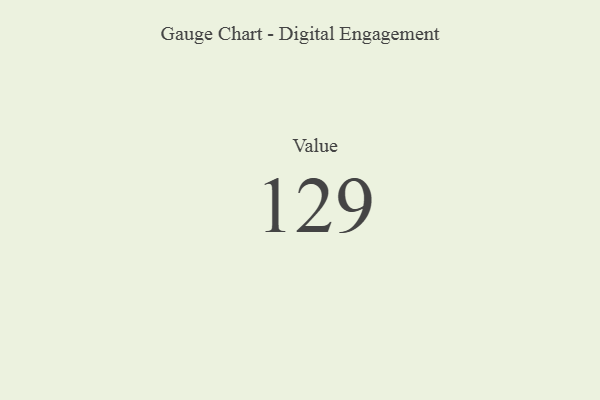
{"axis": {"x": "Metric", "y": "Value"}, "legend": [""], "data": [{"x": "Value", "y": 129, "type": ""}]}